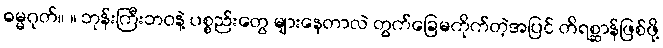
ဓမ္မဂုတ်။ ။ ဘုန်းကြီးဘဝနဲ့ ပစ္စည်းတွေ များနေတာလဲ တွက်ခြေမကိုက်တဲ့အပြင် တိရစ္ဆာန်ဖြစ်ဖို့